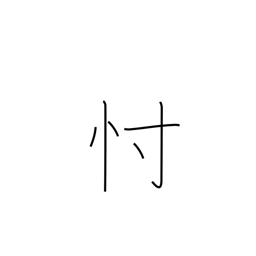
Meaning: conjecture